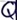
Text: Q